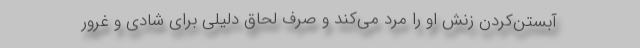
آبستن‌کردن زنش او را مرد می‌کند و صرف لحاق دلیلی برای شادی و غرور